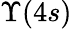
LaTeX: \Upsilon(4s)